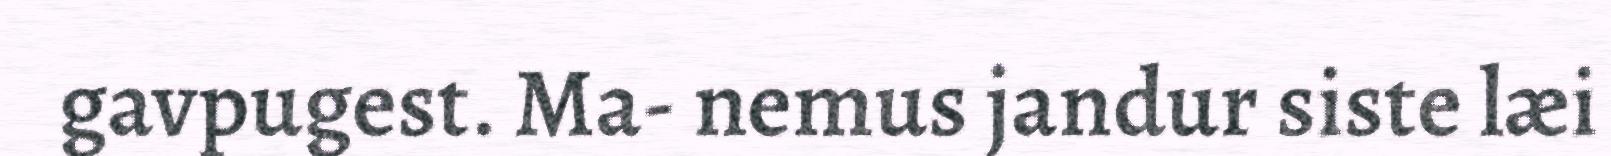
gavpugest. Ma- nemus jandur siste læi